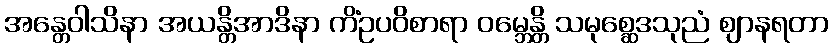
အန္တေဝါသိနာ အယန္တိအာဒိနာ ကိံဥပဝိစာရာ ဝမ္ဘေန္တိ သမုစ္ဆေဒသုညံ ဈာနရတာ